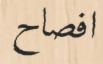
افصاح